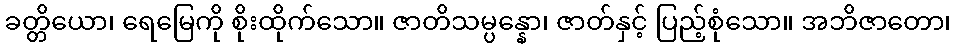
ခတ္တိယော၊ ရေမြေကို စိုးထိုက်သော။ ဇာတိသမ္ပန္နော၊ ဇာတ်နှင့် ပြည့်စုံသော။ အဘိဇာတော၊